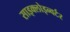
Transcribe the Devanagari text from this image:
साइक्लोइन्वर्टर